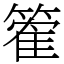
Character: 篧